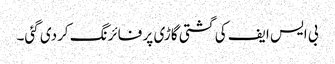
بی ایس ایف کی گشتی گاڑی پر فائرنگ کردی گئی۔